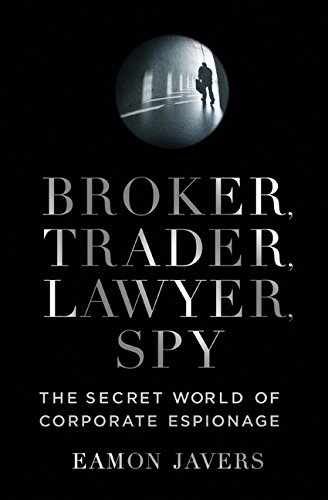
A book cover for Broker, Trader, Lawyer, Spy: The Secret World of Corporate Espionage; Eamon Javers; Biographies & Memoirs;